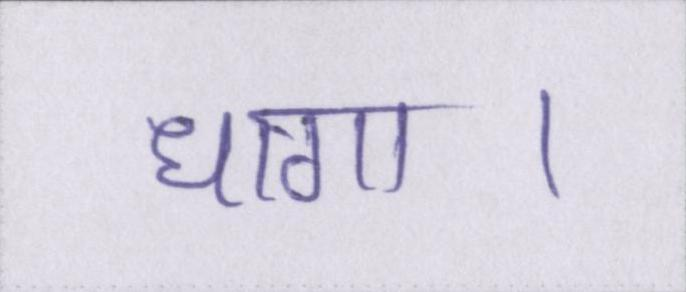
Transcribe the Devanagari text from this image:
धागा।